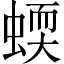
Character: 蝡